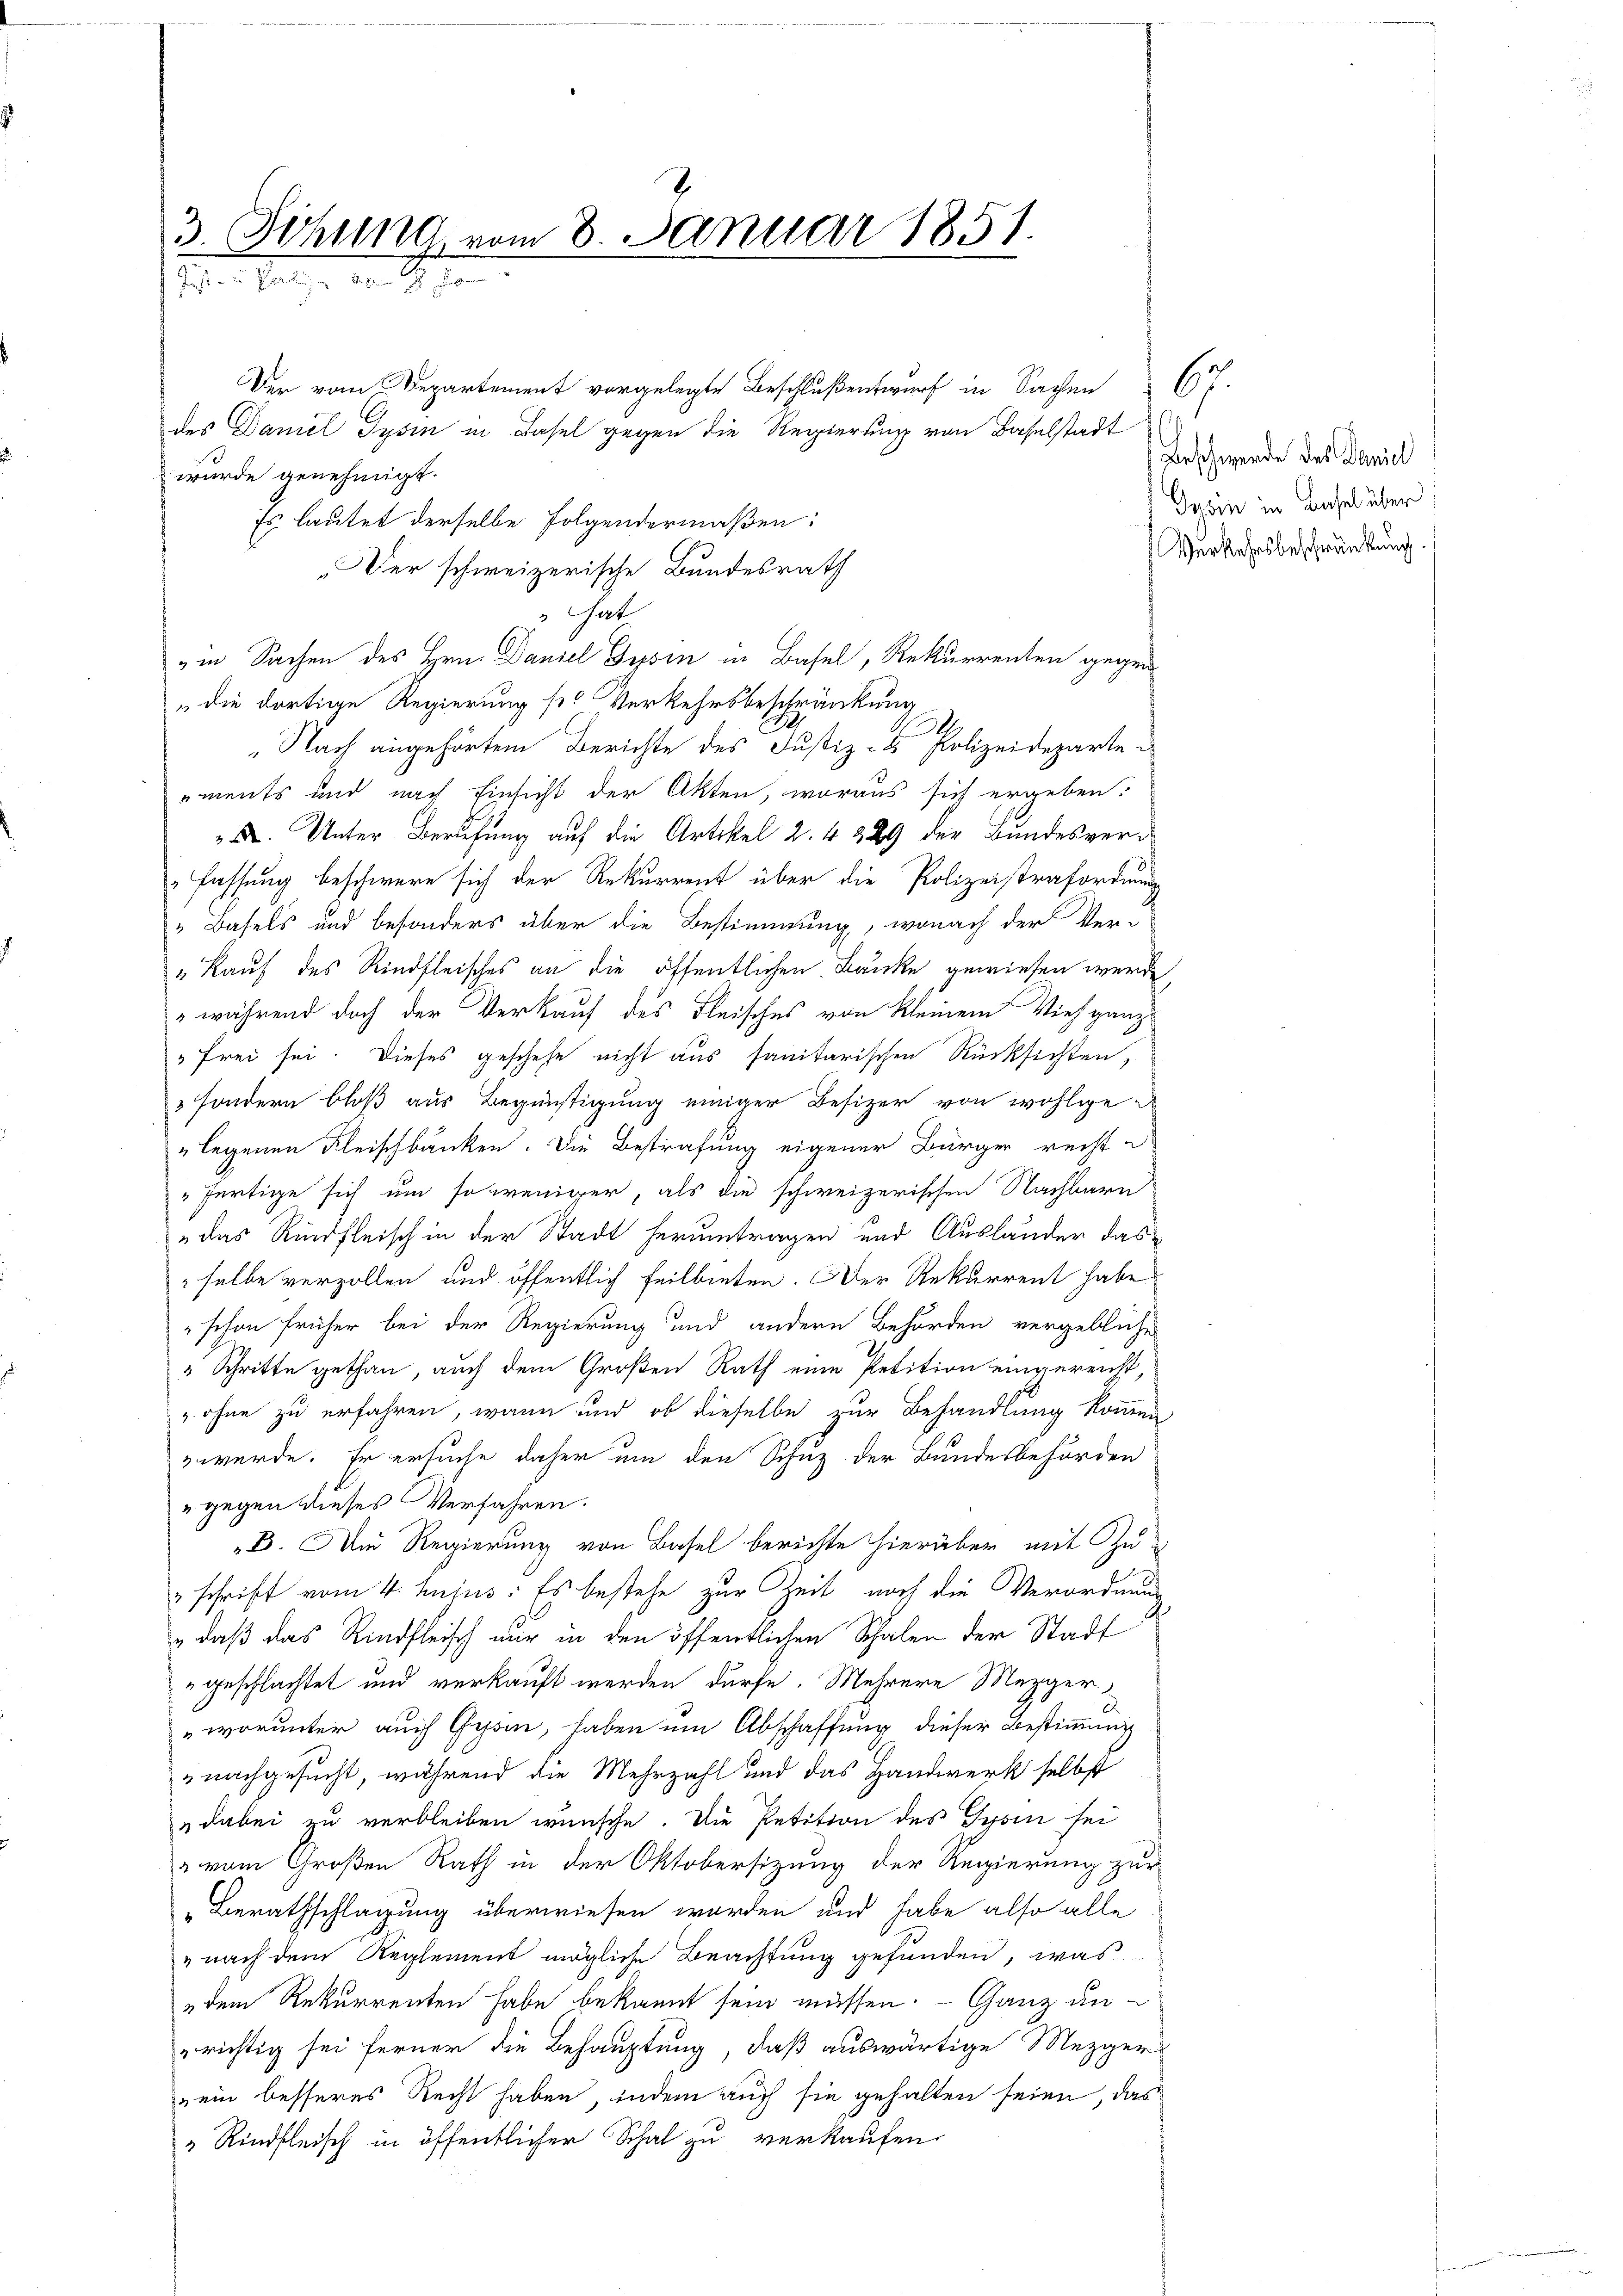
3. Schuld vom 8. Januar 1851.
Ihrer Sache der S

at
in Sachen des Hrn. Daniel Gysin in Basel, Rekurrenten gegen
„die dortige Regierung st. Verkehrsbeschränkung
.
Nach angehörtem Berichte des Justiz- & Polizeideparte
ements und nach Einsicht der Akten, woraus sich ergeben:
X. Unter Berufung auf die Artikel 2. 4 229 der Bundesver¬
"Fassung beschwere sich der Rekurrent über die Polizeistrafordnung
" Basels und besonders über die Bestimmung, wonach der Ver-
„Kauf des Rindfleisches an die öffentlichen Banke gewiesen werde,
" während doch der Verkauf des Fleisches von Kleinem Vieh ganz
" Frei sei. Dieses geschehe nicht aus sanitarischen Rücksichten,
3 sondern bloß aus Begünstigung einiger Besizer von wohlige
"legenen Fleischbänken. Die Bestrafung eigener Bürger recht a
 fertige sich um so weniger, als die schweizerischen Nachbarn
das Rindfleisch in der Stadt herumtragen und Auslander das
selbe verzollen und öffentlich Feilbieten. Der Rekurrent habe
schon früher bei der Regierung und andern Behörden vergebliche
" Schritte gethan auch dem Großen Rath eine Petition eingereicht,
 ohne zu erfahren, wann und ob dieselbe zur Behandlung kommen
z werde. Er ersuche daher um den Schuz der Bundesbehörden
" gegen dieses Verfahren.
B. Die Regierung von Basel berichte hierüber mit Zu-
 schrift vom 4. hujus: Es bestehe zur Zeit noch die Verordnung
" daß das Rindfleisch mir in den öffentlichen Schalen der Stadt
"geschlachtet und verkauft werden dürfe. Mehrere Mezger,
worunter auch Gyon, haben um Abschaffung dieser Bestimmung
nachgesucht, während die Mehrzahl und das Handwerk selbst
& dabei zu verbleiben wünsche. Die Petition des Gysin sei
" vom Großen Rath in der Oktobersizung der Regierung zur
Berathschlagung überwiesen worden und habe also alle
" nach dem Reglement mögliche Beachtung gefunden, was
dem Rekurrenten habe bekannt sein müssen. - Ganz unrichtig sei ferner die Behauptung, daß auswärtige Mezger
„ein besseres Recht haben, indem auch sie gehalten seien, das
" Rindfleisch in öffentlicher Schal zu verkaufen

Der vom Departement vorgelegte Beschlußentwurf in Sachen 6.
des Daniel Tysin in Basel gegen die Regierung von Baselstadt
wurde genehmigt.
Es lautet derselbe Folgendermaßen:
„Der schweizerische Bundesrath

Beschwerde des Daniel
Geden in Basel über
Verkehrsbeschränkung.